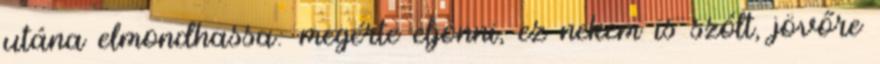
utána elmondhassa: megérte eljönni, ez nekem is szólt, jövőre